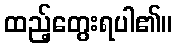
ထည့်တွေးရပါ၏။